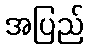
အပြည်